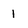
Character: 1